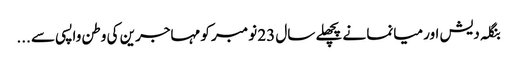
بنگلہ دیش اور میانما نے پچھلے سال 23 نومبر کو مہاجرین کی وطن واپسی سے ...